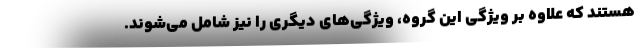
هستند که علاوه بر ویژگی این گروه، ویژگی‌های دیگری را نیز شامل می‌شوند.